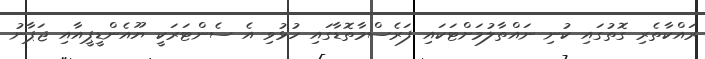
ރައްކާތެރި ގޮތުގައި ކުނި ނައްތާލުމަށްޓަކަައި ފަރެސްމާތޮޑާގައި ހުޅުވި އެ ސެންޓަރަކީ ޔޫއެންޑީޕީއާއި ޖަޕާނު